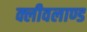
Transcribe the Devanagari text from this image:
क्लीवलाण्ड